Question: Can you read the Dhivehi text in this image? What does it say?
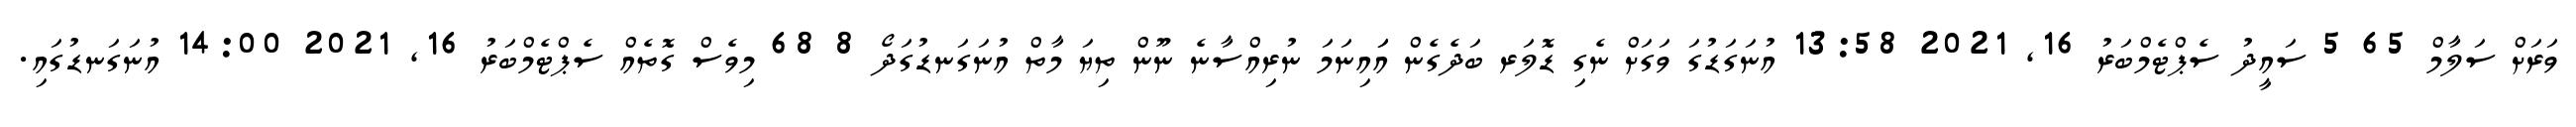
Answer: ވަރަށް ސަލާމް 65 5 ސައީދު ސެޕްޓެމްބަރު 16, 2021 13:58 އުނަގަޑުގަ ވަގަށް ނެގި ޑޮލަރ ބަދެގެން އަައިނަމަ ނުރިއްސާނެ ނޫން ތިޔަ މާތް އުނަގަނޑުގަދޯ 8 68 މިވެސް ގޮތެއް ސެޕްޓެމްބަރު 16, 2021 14:00 އުނަގަނޑުގައި.